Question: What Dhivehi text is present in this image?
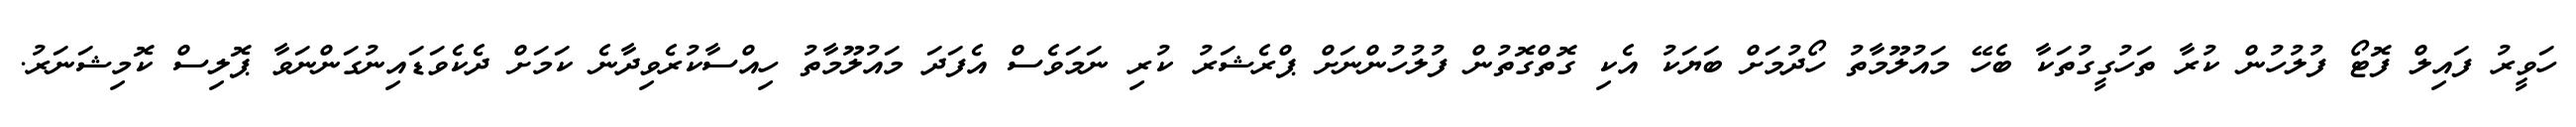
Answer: ހަވީރު ފައިލް ފޮޓޯ ފުލުހުން ކުރާ ތަހުގީގުތަކާ ބެހޭ މައުލޫމާތު ހޯދުމަށް ބަޔަކު އެކި ގޮތްގޮތުން ފުލުހުންނަށް ޕްރެޝަރު ކުރި ނަމަވެސް އެފަދަ މައުލޫމާތު ހިއްސާކުރެވިދާނެ ކަމަށް ދެކެވަޑައިނުގަންނަވާ ޕޮލިސް ކޮމިޝަނަރު.